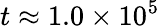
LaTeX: t\approx 1.0\times 10^{5}